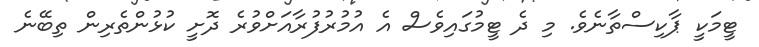
ޓީމަކީ ޕާކިސްތާނެވެ. މި ދެ ޓީމުގައިވެސް އެ އުމުރުފުރާއަށްވުރެ ދޮށީ ކުޅުންތެރިން ތިބޭނެ